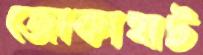
জোকাহাট